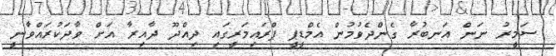
ސަމީރު ނަން އަނބުރާ ގެންދެވުމުން އެމްޑީޕީ ޕްރައިމަރީގައި ދިއްދޫ ދާއިރާ އަށް ވާދަކުރައްވާނީ